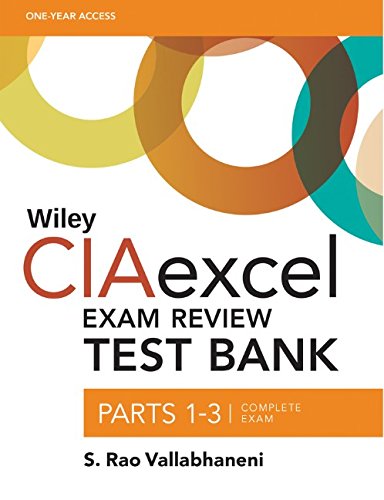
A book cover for Wiley CIAexcel Exam Review Test Bank: Complete Set (Wiley CIA Exam Review Series); S. Rao Vallabhaneni; Business & Money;